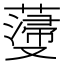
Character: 𮑵